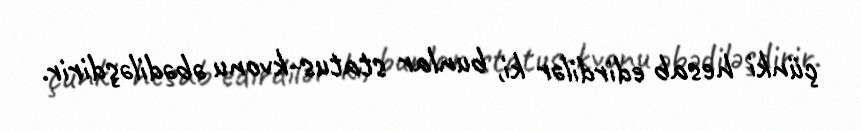
çünki hesab edirdilər ki, bunlar status-kvonu əbədiləşdirir.